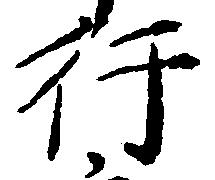
行